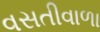
વસતીવાળા